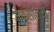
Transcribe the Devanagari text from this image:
मैक्सीलरी